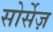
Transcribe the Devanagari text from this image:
सोर्सेज़